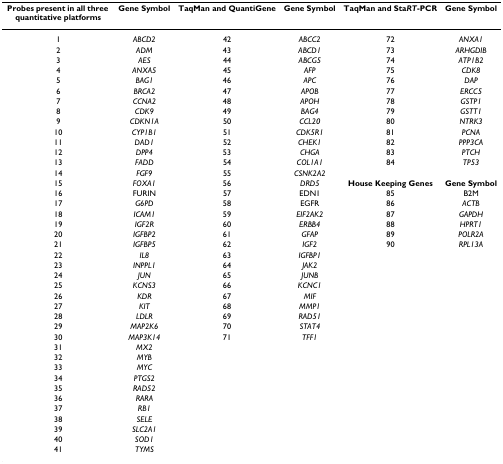
<table><thead><tr><td><b>Probes present in all three quantitative platforms</b></td><td><b>Gene Symbol</b></td><td><b>TaqMan and QuantiGene</b></td><td><b>Gene Symbol</b></td><td><b>TaqMan and Sta<i>RT</i>-PCR</b></td><td><b>Gene Symbol</b></td></tr></thead><tbody><tr><td>1</td><td><i>ABCD2</i></td><td>42</td><td><i>ABCC2</i></td><td>72</td><td><i>ANXA1</i></td></tr><tr><td>2</td><td><i>ADM</i></td><td>43</td><td><i>ABCD1</i></td><td>73</td><td><i>ARHGDIB</i></td></tr><tr><td>3</td><td><i>AES</i></td><td>44</td><td><i>ABCG5</i></td><td>74</td><td><i>ATP1B2</i></td></tr><tr><td>4</td><td><i>ANXA5</i></td><td>45</td><td><i>AFP</i></td><td>75</td><td><i>CDK8</i></td></tr><tr><td>5</td><td><i>BAG1</i></td><td>46</td><td><i>APC</i></td><td>76</td><td><i>DAP </i></td></tr><tr><td>6</td><td><i>BRCA2</i></td><td>47</td><td><i>APOB</i></td><td>77</td><td><i>ERCC5</i></td></tr><tr><td>7</td><td><i>CCNA2</i></td><td>48</td><td><i>APOH</i></td><td>78</td><td><i>GSTP1</i></td></tr><tr><td>8</td><td><i>CDK9</i></td><td>49</td><td><i>BAG4</i></td><td>79</td><td><i>GSTT1</i></td></tr><tr><td>9</td><td><i>CDKN1A</i></td><td>50</td><td><i>CCL20</i></td><td>80</td><td><i>NTRK3</i></td></tr><tr><td>10</td><td><i>CYP1B1</i></td><td>51</td><td><i>CDK5R1</i></td><td>81</td><td><i>PCNA</i></td></tr><tr><td>11</td><td><i>DAD1</i></td><td>52</td><td><i>CHEK1</i></td><td>82</td><td><i>PPP3CA</i></td></tr><tr><td>12</td><td><i>DPP4</i></td><td>53</td><td><i>CHGA</i></td><td>83</td><td><i>PTCH </i></td></tr><tr><td>13</td><td><i>FADD</i></td><td>54</td><td><i>COL1A1</i></td><td>84</td><td><i>TP53</i></td></tr><tr><td>14</td><td><i>FGF9</i></td><td>55</td><td><i>CSNK2A2</i></td><td></td><td></td></tr><tr><td>15</td><td><i>FOXA1</i></td><td>56</td><td><i>DRD5</i></td><td><b>House Keeping Genes</b></td><td><b>Gene Symbol</b></td></tr><tr><td>16</td><td>FURIN</td><td>57</td><td>EDN1</td><td>85</td><td>B2M</td></tr><tr><td>17</td><td><i>G6PD</i></td><td>58</td><td>EGFR</td><td>86</td><td><i>ACTB</i></td></tr><tr><td>18</td><td><i>ICAM1</i></td><td>59</td><td><i>EIF2AK2</i></td><td>87</td><td><i>GAPDH</i></td></tr><tr><td>19</td><td><i>IGF2R</i></td><td>60</td><td><i>ERBB4</i></td><td>88</td><td><i>HPRT1</i></td></tr><tr><td>20</td><td><i>IGFBP2</i></td><td>61</td><td><i>GFAP</i></td><td>89</td><td><i>POLR2A</i></td></tr><tr><td>21</td><td><i>IGFBP5</i></td><td>62</td><td><i>IGF2</i></td><td>90</td><td><i>RPL13A</i></td></tr><tr><td>22</td><td><i>IL8</i></td><td>63</td><td><i>IGFBP1</i></td><td></td><td></td></tr><tr><td>23</td><td><i>INPPL1</i></td><td>64</td><td><i>JAK2</i></td><td></td><td></td></tr><tr><td>24</td><td><i>JUN</i></td><td>65</td><td><i>JUNB</i></td><td></td><td></td></tr><tr><td>25</td><td><i>KCNS3</i></td><td>66</td><td><i>KCNC1</i></td><td></td><td></td></tr><tr><td>26</td><td><i>KDR</i></td><td>67</td><td><i>MIF</i></td><td></td><td></td></tr><tr><td>27</td><td><i>KIT</i></td><td>68</td><td><i>MMP1</i></td><td></td><td></td></tr><tr><td>28</td><td><i>LDLR</i></td><td>69</td><td><i>RAD51</i></td><td></td><td></td></tr><tr><td>29</td><td><i>MAP2K6</i></td><td>70</td><td><i>STAT4</i></td><td></td><td></td></tr><tr><td>30</td><td><i>MAP3K14</i></td><td>71</td><td><i>TFF1</i></td><td></td><td></td></tr><tr><td>31</td><td><i>MX2</i></td><td></td><td></td><td></td><td></td></tr><tr><td>32</td><td><i>MYB</i></td><td></td><td></td><td></td><td></td></tr><tr><td>33</td><td><i>MYC</i></td><td></td><td></td><td></td><td></td></tr><tr><td>34</td><td><i>PTGS2</i></td><td></td><td></td><td></td><td></td></tr><tr><td>35</td><td><i>RAD52</i></td><td></td><td></td><td></td><td></td></tr><tr><td>36</td><td><i>RARA</i></td><td></td><td></td><td></td><td></td></tr><tr><td>37</td><td><i>RB1</i></td><td></td><td></td><td></td><td></td></tr><tr><td>38</td><td><i>SELE</i></td><td></td><td></td><td></td><td></td></tr><tr><td>39</td><td><i>SLC2A1</i></td><td></td><td></td><td></td><td></td></tr><tr><td>40</td><td><i>SOD1</i></td><td></td><td></td><td></td><td></td></tr><tr><td>41</td><td><i>TYMS</i></td><td></td><td></td><td></td><td></td></tr></tbody></table>